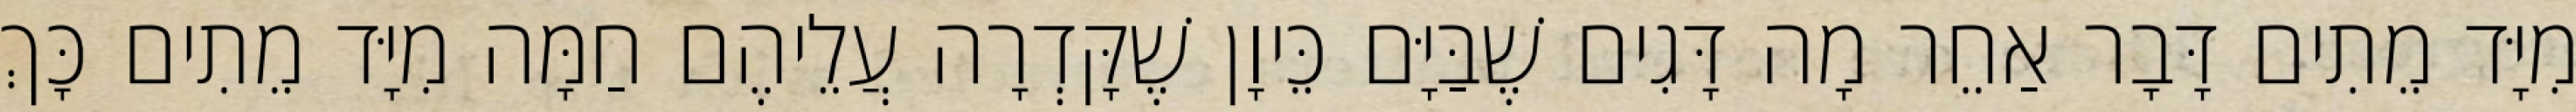
מִיָּד מֵתִים דָּבָר אַחֵר מָה דָּגִים שֶׁבַּיָּם כֵּיוָן שֶׁקָּדְרָה עֲלֵיהֶם חַמָּה מִיָּד מֵתִים כָּךְ